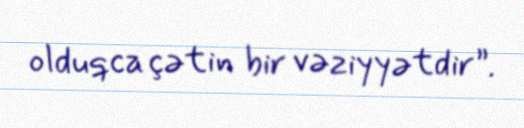
olduqca çətin bir vəziyyətdir”.